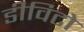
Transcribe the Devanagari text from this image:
डीविटो